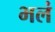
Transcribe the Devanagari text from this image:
भलं